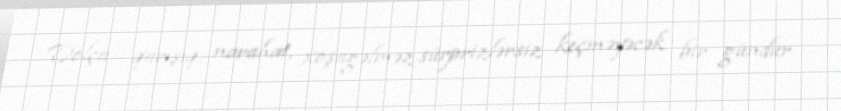
Dolça - qarışıq, narahat, xoşagəlməz sürprizlərsiz keçməyəcək bir gündür.